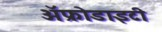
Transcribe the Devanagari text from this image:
ॲफ्रोडाइटी